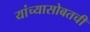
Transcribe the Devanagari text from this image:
यांच्यासोबतची